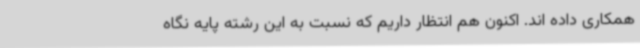
همکاری داده اند. اکنون هم انتظار داریم که نسبت به این رشته پایه نگاه